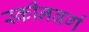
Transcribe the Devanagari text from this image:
स्कीनबर्ग